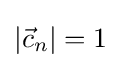
|{\vec {c}}_{n}|=1